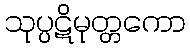
သုပ္ပဋိမုတ္တကော